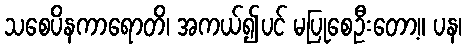
သစေပိနကာရောတိ၊ အကယ်၍ပင် မပြုစေဦးတော့။ ပန၊